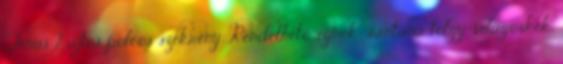
Tenus 2 ajtós polcos szekrény. Rendelhető színek: santana tölgy-világoskék,